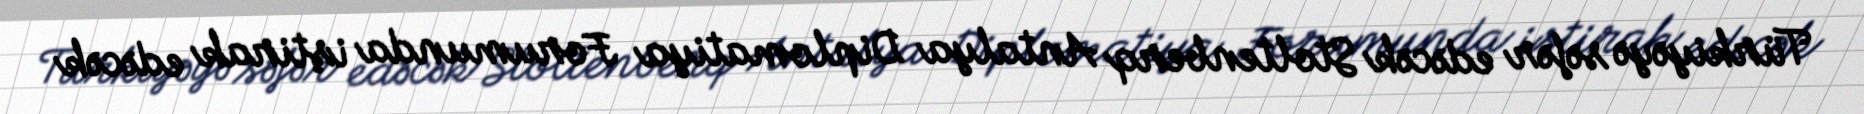
Türkiyəyə səfər edəcək Stoltenberq Antalya Diplomatiya Forumunda iştirak edəcək